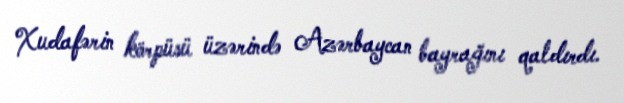
Xudafərin körpüsü üzərində Azərbaycan bayrağını qaldırdı.